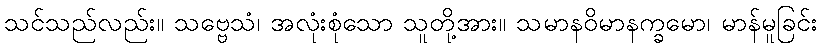
သင်သည်လည်း။ သဗ္ဗေသံ၊ အလုံးစုံသော သူတို့အား။ သမာနဝိမာနက္ခမော၊ မာန်မူခြင်း